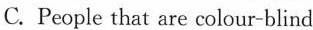
C.People that are colour-blind